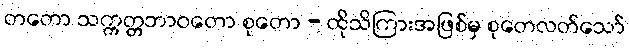
တတော သက္ကတ္တဘာဝတော စုတော - ထိုသိကြားအဖြစ်မှ စုတေလတ်သော်